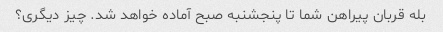
بله قربان پیراهن شما تا پنجشنبه صبح آماده خواهد شد. چیز دیگری؟